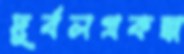
দুর্বলপ্রকল্প